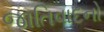
જાતિવાદનો